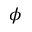
\phi